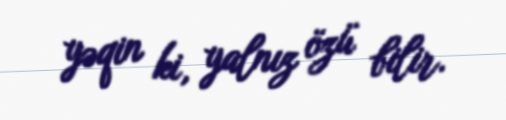
yəqin ki, yalnız özü bilir.